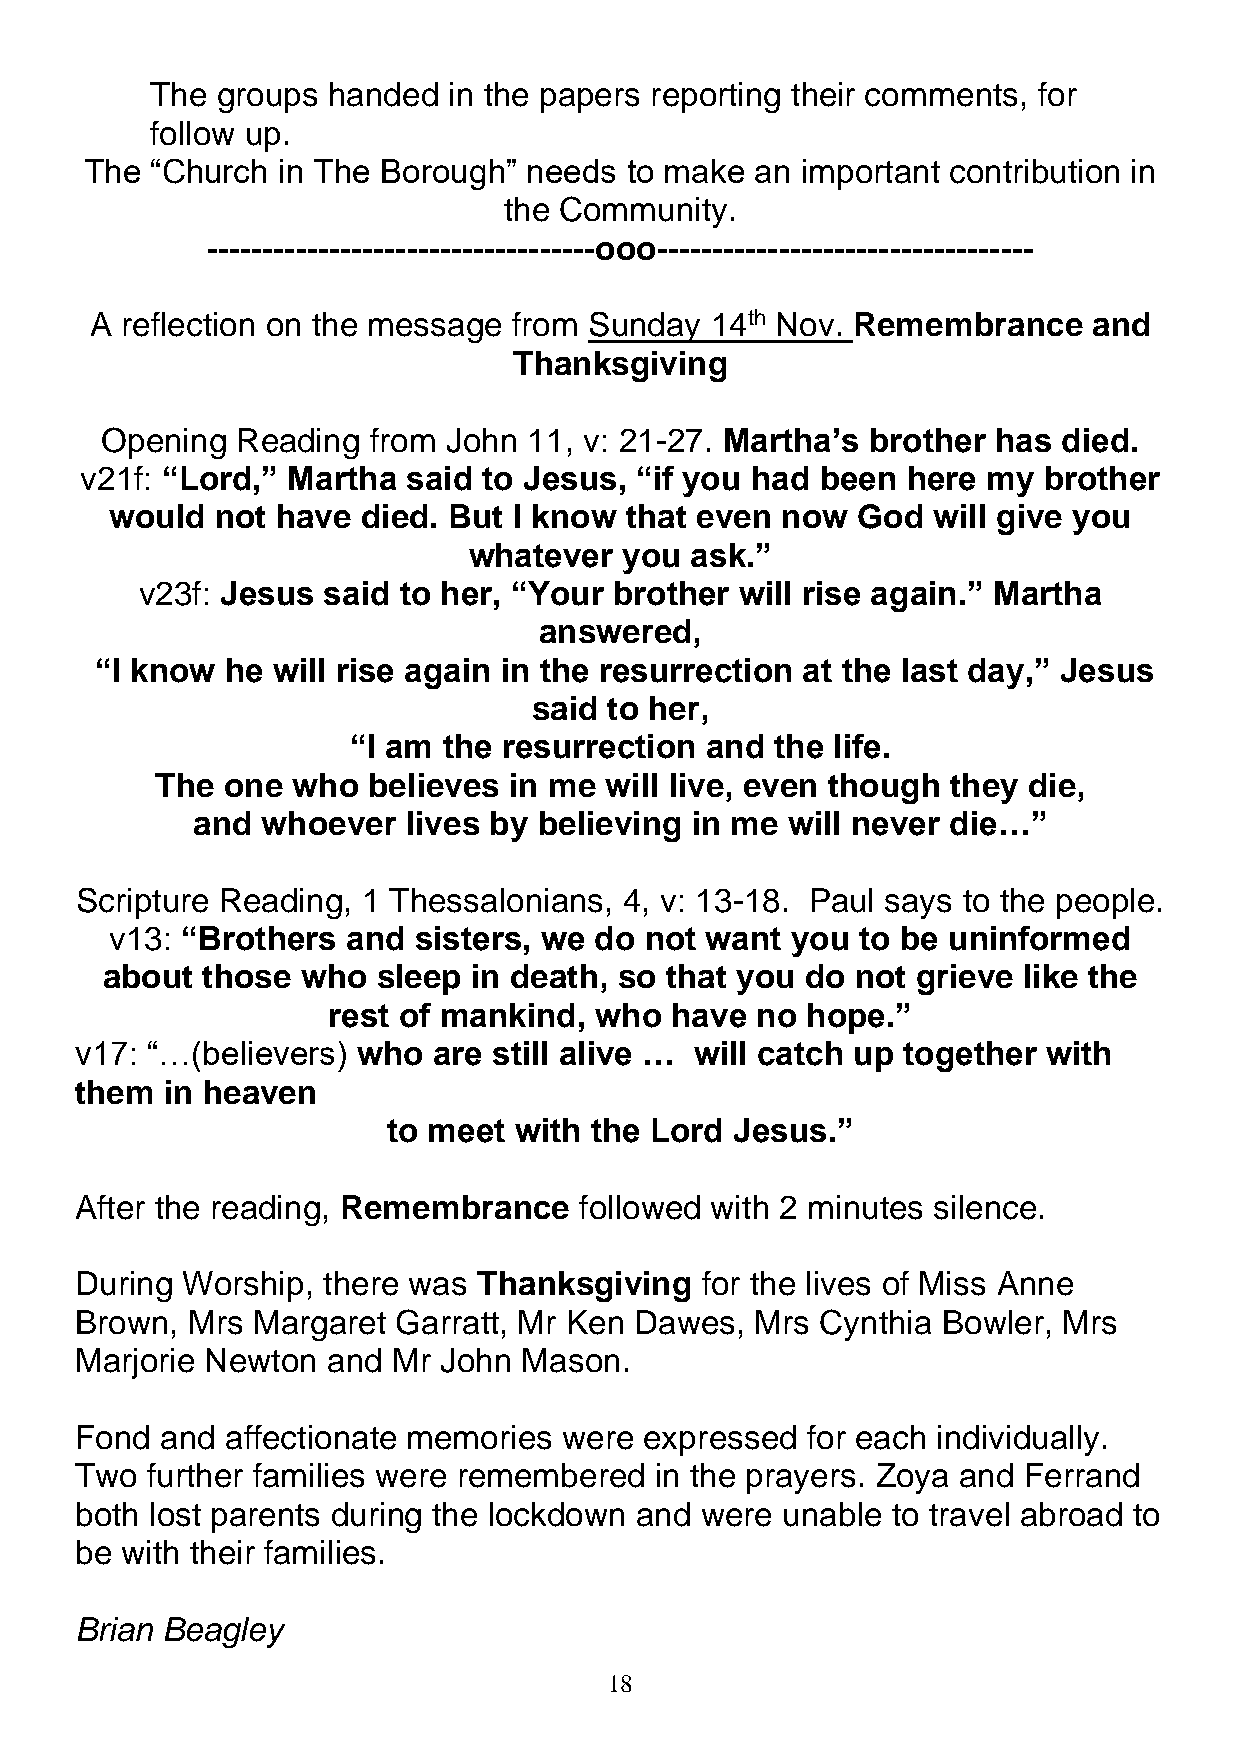
The groups  handed  in the papers reporting their comments, for
 follow up.
 The “Church in The Borough”  needs to make  an important contribution in
 the Community.
 -----------------------------------ooo----------------------------------
 A reflection on the message from Sunday  14th Nov. Remembrance    and
 Thanksgiving
 Opening  Reading from  John 11, v: 21-27. Martha’s brother has died.
 v21f: “Lord,” Martha  said to Jesus, “if you had been  here my  brother
 would  not have  died. But I know that even  now  God  will give you
 whatever  you  ask.”
 v23f: Jesus said to her, “Your  brother will rise again.” Martha
 answered,
 “I know  he will rise again in the resurrection at the last day,” Jesus
 said to her,
 “I am the resurrection  and the life.
 The  one who  believes  in me will live, even though they die,
 and whoever   lives by believing in me will never die…”
 Scripture Reading, 1 Thessalonians, 4, v: 13-18. Paul says to the people.
 v13: “Brothers  and sisters, we do  not want you  to be uninformed
 about those  who  sleep in death, so that you do  not grieve like the
 rest of mankind, who  have  no hope.”
 v17: “…(believers) who  are still alive … will catch up together with
 them  in heaven
 to meet with the Lord  Jesus.”
 After the reading, Remembrance   followed with 2 minutes silence.
 During Worship, there was  Thanksgiving  for the lives of Miss Anne
 Brown, Mrs  Margaret Garratt, Mr Ken Dawes,  Mrs Cynthia Bowler, Mrs
 Marjorie Newton  and Mr John Mason.
 Fond  and affectionate memories were  expressed for each individually.
 Two  further families were remembered in the prayers. Zoya and Ferrand
 both lost parents during the lockdown and were unable to travel abroad to
 be with their families.
 Brian Beagley
 18